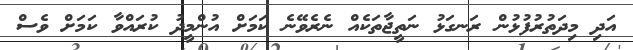
އަދި މިދަތުރުފުޅުން ރަނގަޅު ނަތީޖާތަކެއް ނެރެވޭނެ ކަމަށް އުންމީދު ކުރައްވާ ކަމަށް ވެސް